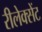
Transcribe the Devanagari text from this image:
रीलेक्सेंट